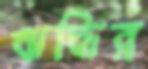
ঋদ্ধির